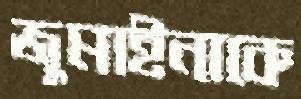
জুমাইনাকে